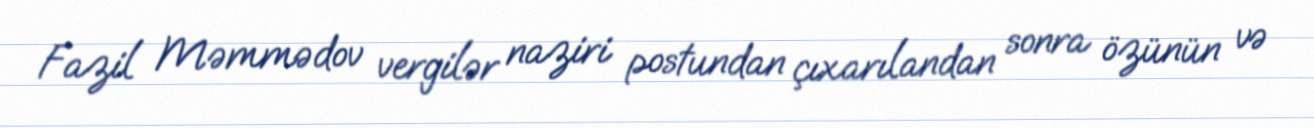
Fazil Məmmədov vergilər naziri postundan çıxarılandan sonra özünün və